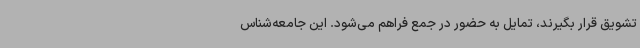
تشویق قرار بگیرند، تمایل به حضور در جمع فراهم می‌شود. این جامعه‌شناس